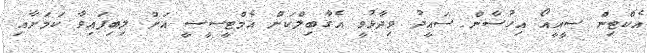
އެކްޓިން ސީއީއޯ އިހުސާން ސައީދު ވިދާޅުވީ އެގާބިލްކަން އެމްޓީސީސީ އަށް ލިބިފައިވާ ކަމަށާއި